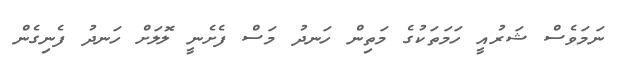
ނަމަވެސް ޝަރުއީ ހަމަތަކުގެ މަތިން ހަނދު މަސް ފެށެނީ ލޮލަށް ހަނދު ފެނިގެން